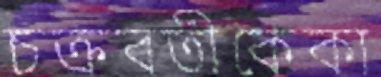
চক্রবতীকেকা